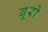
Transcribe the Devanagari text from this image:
बूरो